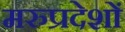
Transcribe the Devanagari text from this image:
मरुप्रदेशों